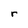
Character: r